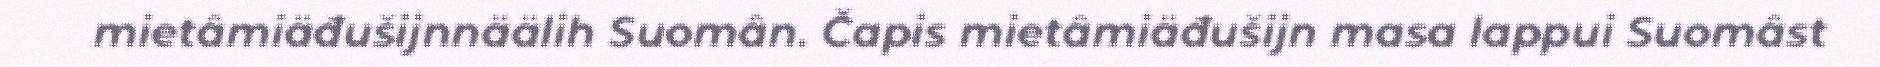
mietâmiäđušijnnäälih Suomân. Čapis mietâmiäđušijn masa lappui Suomâst